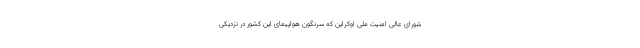
شورای عالی امنیت ملی اوکراین که سرنگون هواپیمای این کشور در نزدیکی